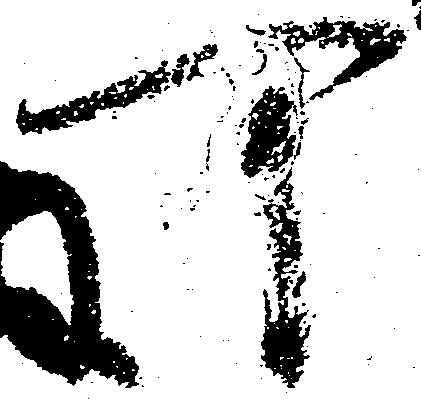
可